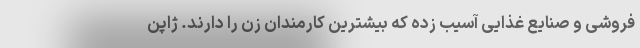
فروشی و صنایع غذایی آسیب زده که بیشترین کارمندان زن را دارند. ژاپن